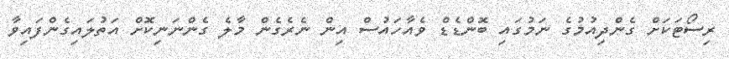
ރިސޯޓަކަށް ގެންދިއުމުގެ ނަމުގައި ބޮންޑެޑް ވެއާހައުސް އިން ނެރެގެން މާލެ ގެންނަނިކޮށް އަތުލައިގެންފައިވާ